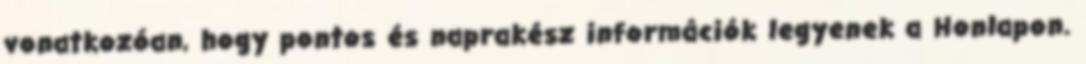
vonatkozóan, hogy pontos és naprakész információk legyenek a Honlapon.